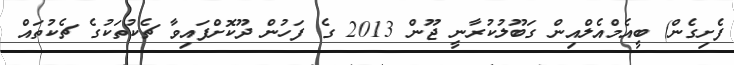
ފެށިގެން) ބީއެމްއެލްއިން ގަބޫލުކުރާނީ ޖޫން 2013 ގެ ފަހުން ދޫކޮށްފައިވާ ޗެކުތަކުގެ ޗެކުތައް